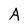
Character: A